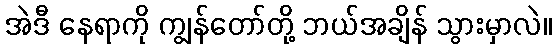
အဲဒီ နေရာကို ကျွန်တော်တို့ ဘယ်အချိန် သွားမှာလဲ။